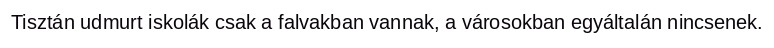
Tisztán udmurt iskolák csak a falvakban vannak, a városokban egyáltalán nincsenek.